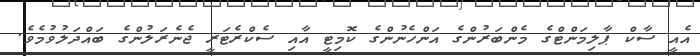
އެއީ ސާކް ޕާލިމަންޓްގެ މެންބަރުންގެ އަންހެނުންގެ ކޮމިޓީ އާއި ސެކްރެޓަރީ ޖެނެރަލުންގެ ބައްދަލުވުމެވެ.